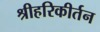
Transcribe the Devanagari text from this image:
श्रीहरिकीर्तन